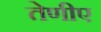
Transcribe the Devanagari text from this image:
तेणीए